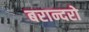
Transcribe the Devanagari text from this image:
बरान्दरो